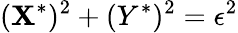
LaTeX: (\mathbf{X}^{*})^{2}+(Y^{*})^{2}=\epsilon^{2}